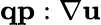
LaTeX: \mathbf{{q}}\mathbf{{p}}:\nabla\mathbf{{u}}